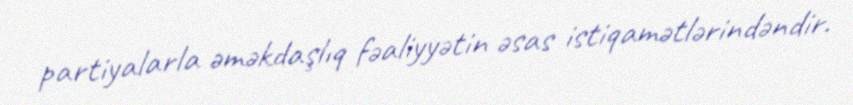
partiyalarla əməkdaşlıq fəaliyyətin əsas istiqamətlərindəndir.